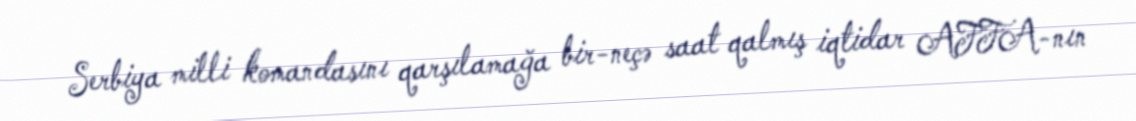
Serbiya milli komandasını qarşılamağa bir-neçə saat qalmış iqtidar AFFA-nın